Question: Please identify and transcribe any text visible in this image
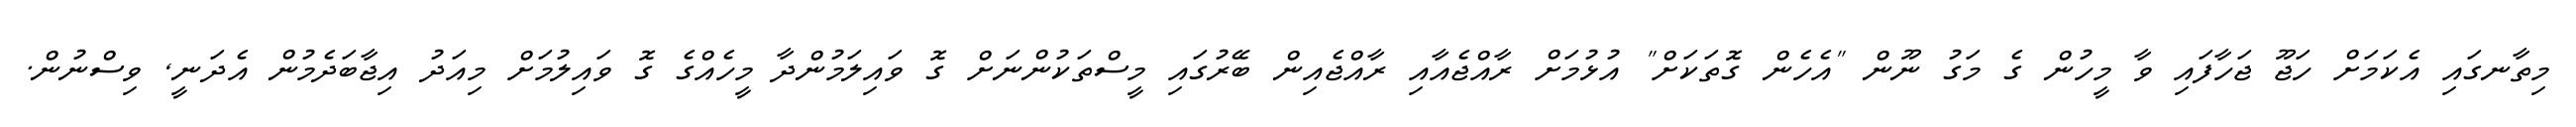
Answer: މިތާނގައި އެކަމަށް ހަޖޫ ޖަހާފައި ވާ މީހުން ގެ މަގު ނޫން "އެހެން ގޮތަކަށް" އުޅުމަށް ރާއްޖެއާއި ރާއްޖެއިން ބޭރުގައި މީސްތަކުންނަށް ގޮ ވައިލަމުންދާ މީހެއްގެ ގޮ ވައިލުމަށް މިއަދު އިޖާބަދެމުން އެދަނީ, ވިސްނުން.